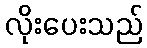
လိုးပေးသည်